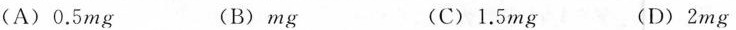
（A)0.5mg (B)mg (C)1.5mg (D)2mg